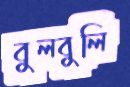
বুলবুলি